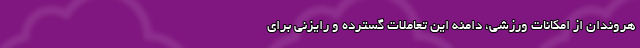
هروندان از امکانات ورزشی، دامنه این تعاملات گسترده و رایزنی برای